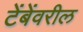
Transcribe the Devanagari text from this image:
टेंबेंवरील